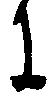
に